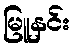
မြူနှင်း